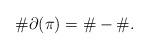
LaTeX: \begin{align*}\#\partial(\pi) = \# - \# .\end{align*}